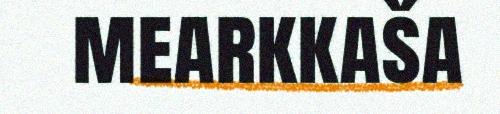
mearkkaša